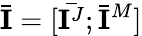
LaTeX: \bar{\mathbf{I}}=[\bar{\mathbf{I}^{J}};\bar{\mathbf{I}}^{M}]